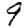
Digit: 9